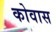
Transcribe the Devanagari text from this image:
कोवास